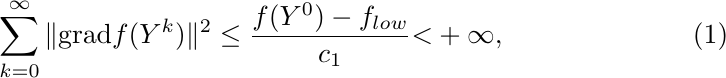
\begin{equation}\label{eq22}
\sum_{k=0}^{\infty}\|\text{grad}f(Y^k)\|^2 \leq \frac{f(Y^0)-f_{low}}{c_1} \textless +\infty,
\end{equation}